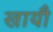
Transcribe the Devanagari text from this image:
खायौ